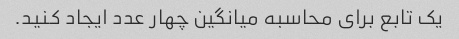
یک تابع برای محاسبه میانگین چهار عدد ایجاد کنید.